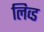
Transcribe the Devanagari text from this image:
लिव्‍ड